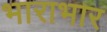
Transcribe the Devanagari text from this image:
भाराभार